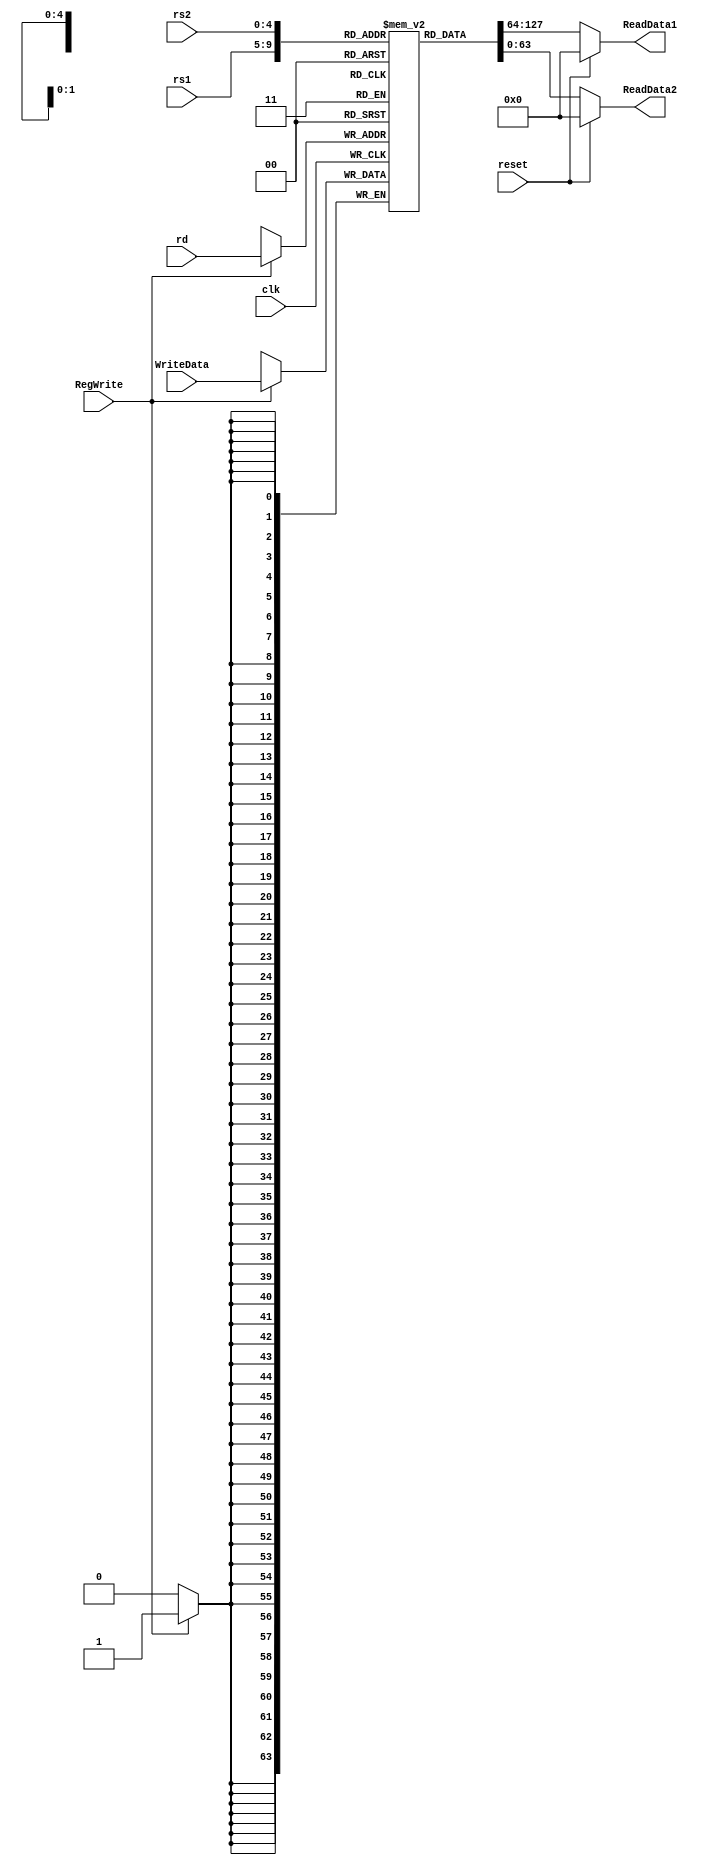
module registerFile (
    input  [63:0] WriteData,
    input  [4:0]  rs1,
    input  [4:0]  rs2,
    input  [4:0]  rd,
    input  RegWrite,
    input  clk,
    input  reset,
    output reg [63:0] ReadData1,
    output reg [63:0] ReadData2
);

    reg [63:0] registers [31:0];
    // Initialize Registers with some value
    initial begin
    registers[ 0] = 64'd0;  registers[ 1] = 64'd1;
    registers[ 2] = 64'd2;  registers[ 3] = 64'd3;
    registers[ 4] = 64'd4;  registers[ 5] = 64'd5;
    registers[ 6] = 64'd6;  registers[ 7] = 64'd7;
    registers[ 8] = 64'd8;  registers[ 9] = 64'd9;
    registers[10] = 64'd10; registers[11] = 64'd11;
    registers[12] = 64'd12; registers[13] = 64'd13;
    registers[14] = 64'd14; registers[15] = 64'd15;
    registers[16] = 64'd16; registers[17] = 64'd17;
    registers[18] = 64'd18; registers[19] = 64'd19;
    registers[20] = 64'd20; registers[21] = 64'd21;
    registers[22] = 64'd22; registers[23] = 64'd23;
    registers[24] = 64'd24; registers[25] = 64'd25;
    registers[26] = 64'd26; registers[27] = 64'd27;
    registers[28] = 64'd28; registers[29] = 64'd29;
    registers[30] = 64'd30; registers[31] = 64'd31; 
    end
    // Read Data
    always @(*) begin
        ReadData1 <= (reset == 1'b1) ? 0 : registers[rs1];
        ReadData2 <= (reset == 1'b1) ? 0 : registers[rs2];
    end

    // Write Data
    always @(posedge clk) begin
        if (RegWrite == 1'b1) begin
            registers[rd] = WriteData;
        end
    end

endmodule